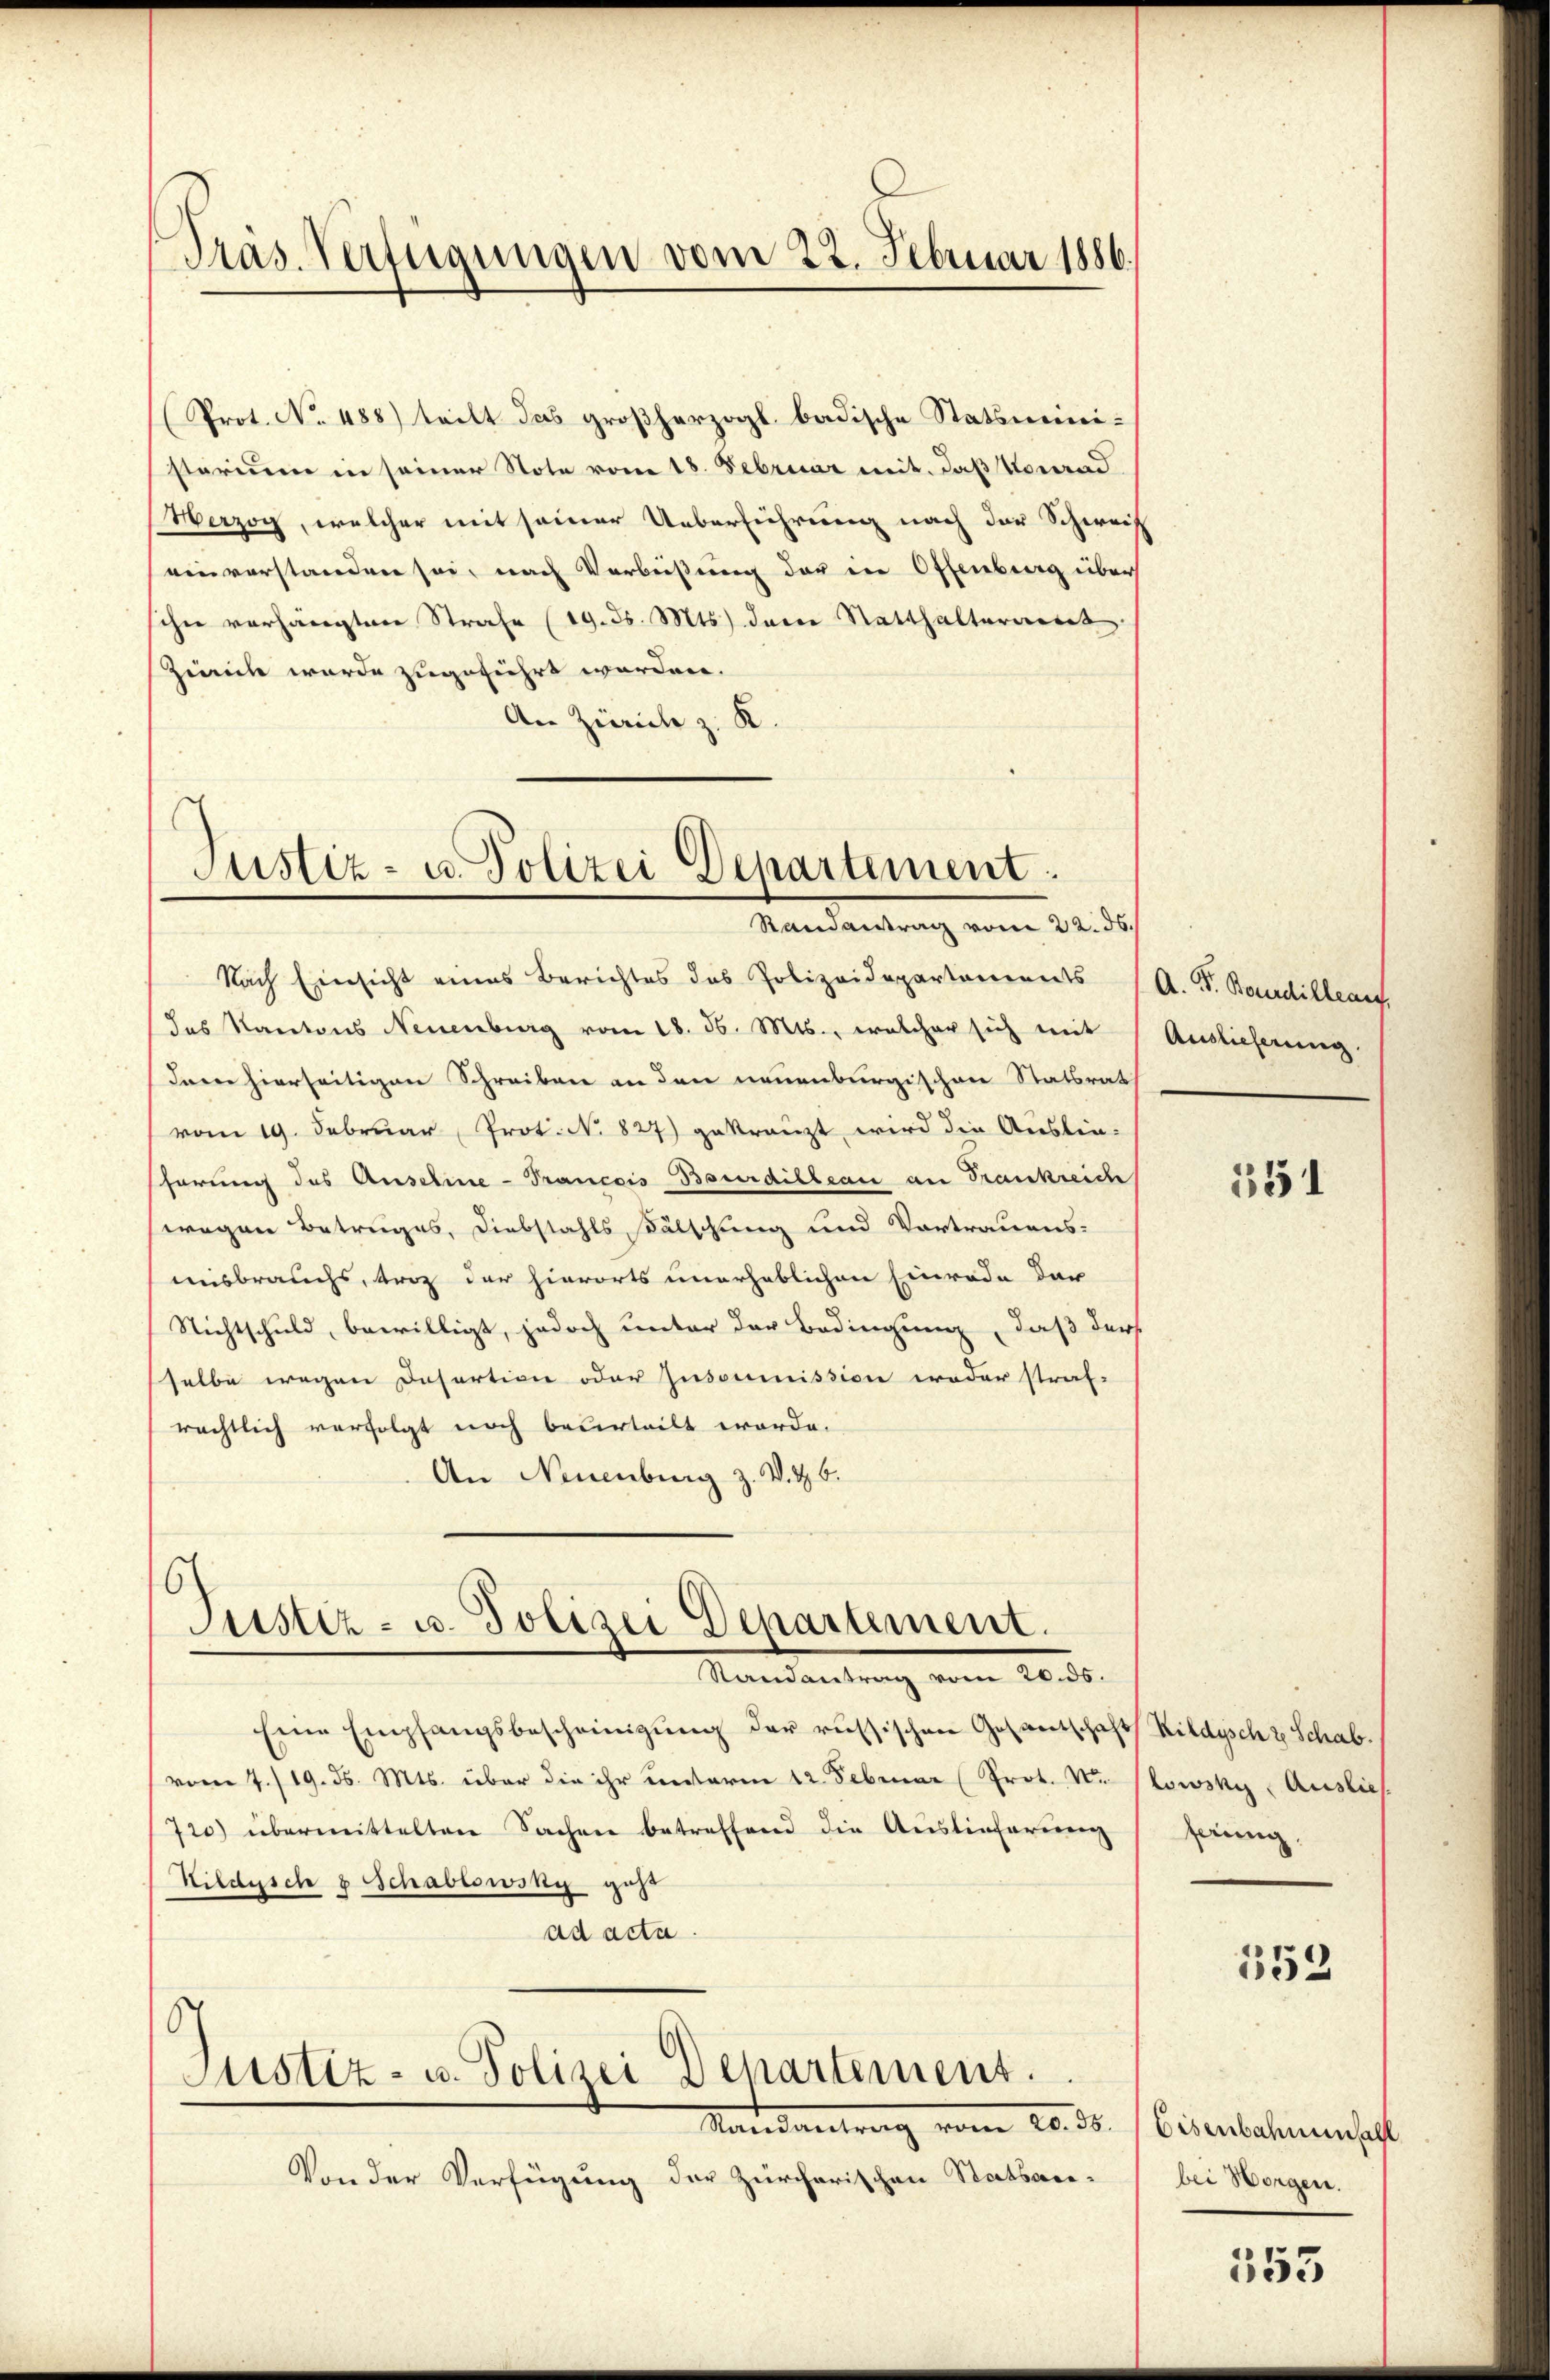
Pras. Verfügungen vom 22. Februar 1886.

Prot. No. 488) teilt das großherzogl. badische Statsministorium in seiner Note vom 18. Februar mit, daß Vorrad
Werzog, welcher mit seiner Ueberführung nach der Schweiz
einverstanden sei, nach Verbüßung der in Offenberg über
schie vorhängten Strafe (19. d. Mts. dere Statthalterartet
Zweck wurde zugeführt worden.
An Zürich z. K.

Justiz- u. Polizei Departement.

Randantrag vom 22. ds.
Nach Einsicht eines Berichtes das Polizeidepartements (A. F. Bourdillen,
das Kantons Neuenburg vom 18. ds. Mts., welcher sich mit
Inner hierseitigen Schreiben an den neuenburgischen Statsrath
vom 19. Februar, Prot. N. 827) gekränzt wird die Auslie-
hörung des Ansehe - Trancois Bourdilleau an Frankreich
wegen Betruges, Diebstahls Fälschung und Vortrauens-
misbrauchs, trag der hierorts unerheblichen Einrade dar
Nichtschuld, bewilligt, jedoch unter der Bedingung, daß ders
selbe wegen Desertion oder Jusoumission oder straf-
rächtlich verfolgt noch beurteilt worde.
An Neuenburg z. V. B. 6.

s
Justiz- u. Polizei Departement.
Mandantrag von 1000.

Eine Empfangsbescheinigung der russischen Gosantschaft Kildysch 2 Schab.
vom 7./19. d. Mts. über die ihr unterm 12. Februar (Prot. Vo
720) übermittelten Sachen betreffend die Auslieferung
Kildisch 8 Schablswsky geht
ad acta.

h
Justiz- u. Polizei Departement.

Mandantrag vom 20. d.
Von der Verfügung der Zürcherischen Statsan-

Auslieferung

551

towsky Auslie
ferung,

353

Eisenbahnenfall
bei Horgen.

353